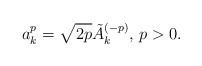
\begin{align*}a^p_k = \sqrt{2p} \tilde A_k^{(-p)},\, p>0.\end{align*}